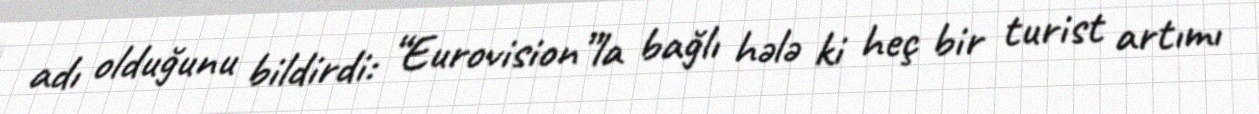
adı olduğunu bildirdi: “Eurovision”la bağlı hələ ki heç bir turist artımı